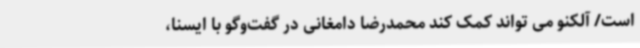
است/ آلکنو می تواند کمک کند محمدرضا دامغانی در گفت‌وگو با ایسنا،